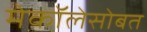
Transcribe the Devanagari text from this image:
मेकॉलेसोबत